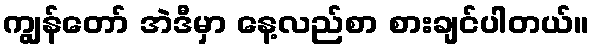
ကျွန်တော် အဲဒီမှာ နေ့လည်စာ စားချင်ပါတယ်။